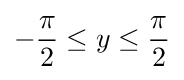
-{\frac {\pi }{2}}\leq y\leq {\frac {\pi }{2}}